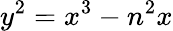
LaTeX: y^{2}=x^{3}-n^{2}x